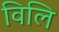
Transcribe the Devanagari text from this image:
विलि